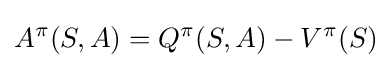
A^{\pi }(S,A)=Q^{\pi }(S,A)-V^{\pi }(S)